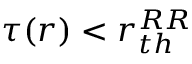
\tau ( r ) < r _ { t h } ^ { R R }